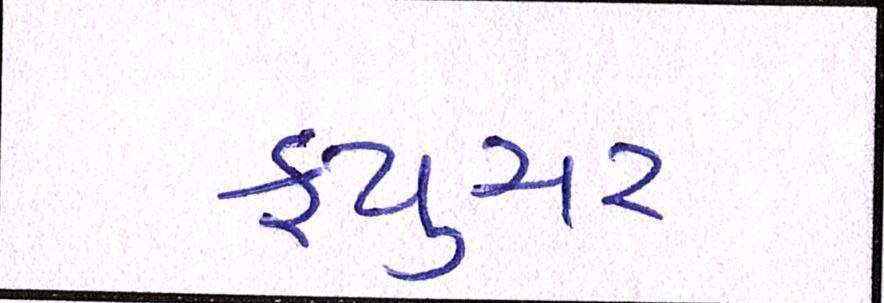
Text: ફ્યુચર